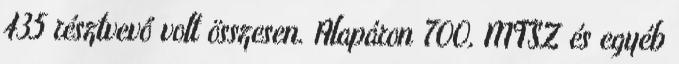
435 résztvevő volt összesen. Alapáron 700, MTSZ és egyéb